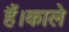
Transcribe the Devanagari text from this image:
हैं।काले